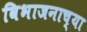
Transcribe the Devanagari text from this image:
विभाजनाच्या